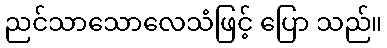
ညင်သာသောလေသံဖြင့် ပြော သည်။